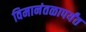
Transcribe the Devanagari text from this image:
विमानंतळापर्यंत